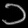
Digit: ၁